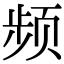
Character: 频